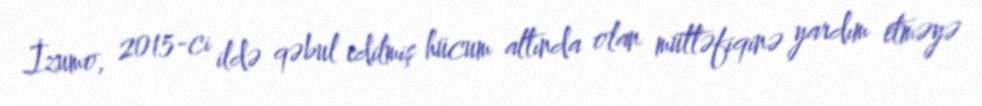
İzumo, 2015-ci ildə qəbul edilmiş hücum altında olan müttəfiqinə yardım etməyə